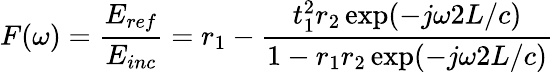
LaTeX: F(\omega)=\frac{E_{ref}}{E_{inc}}=r_{1}-\frac{t_{1}^{2}r_{2}\exp(-j\omega 2L/c)}{1-r_{1}r_{2}\exp(-j\omega 2L/c)}